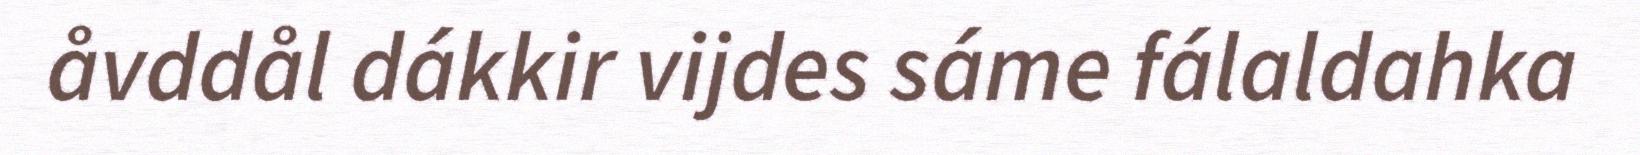
åvddål dákkir vijdes sáme fálaldahka